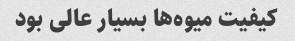
کیفیت میوه‌ها بسیار عالی بود